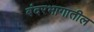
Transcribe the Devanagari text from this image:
बंदरभागातील